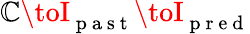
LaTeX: \mathbb{C}\toI_{\mathrm{{~p~a~s~t~}}}\toI_{\mathrm{{~p~r~e~d~}}}